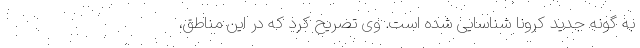
به گونه جدید کرونا شناسایی شده است. وی تصریح کرد که در این مناطق،